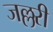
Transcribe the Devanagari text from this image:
जल्लरी